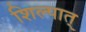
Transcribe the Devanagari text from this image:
शिल्पात्